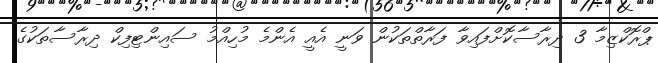
ޕްރޮކްޒިމާ 3 ދިރާސާކޮށްފައިވާ ފަރާތްތަކުން ވަނީ އެއީ އެންމެ މުހިއްމު ސައިންޓިފިކް ދިރާސާތަކުގެ